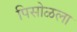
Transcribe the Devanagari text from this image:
पिसोळला